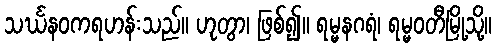
သင်္ဃနဝကရဟန်းသည်။ ဟုတွာ၊ ဖြစ်၍။ ရမ္မနဂရံ၊ ရမ္မဝတီမြို့သို့။